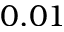
0 . 0 1